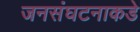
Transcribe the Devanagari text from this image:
जनसंघटनाकडे